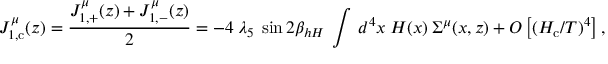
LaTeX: J _ { 1 , \mathrm { c } } ^ { \mu } ( z ) = \frac { J _ { 1 , + } ^ { \mu } ( z ) + J _ { 1 , - } ^ { \mu } ( z ) } { 2 } = - 4 \: \lambda _ { 5 } \: \sin 2 \beta _ { h H } \: \int \: d ^ { 4 } x \: H ( x ) \: \Sigma ^ { \mu } ( x , z ) + { \cal O } \left[ ( H _ { \mathrm { c } } / T ) ^ { 4 } \right] ,